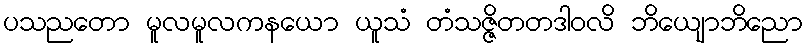
ပသညတော မူလမူလကနယော ယူသံ တံသဇ္ဇိတတဒါဝလိ ဘိယျောဘိညော